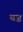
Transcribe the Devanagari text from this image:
यज़